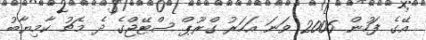
އޭގެ ފަހުން 2006 ވަނަ އަހަރު ގްރޫޕް ސްޓޭޖްގެ ދެ މެޗު ކާމިޔާބު